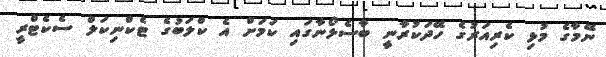
ނޭމާގެ މުޅި ކެރިއަރުގެ ހޭދަކުރާނީ ބާސެލޯނާގައި ކަމަށް އެ ކްލަބުގެ ޓެކްނިކަލް ސެކެޓްރީ